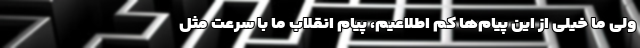
ولی ما خیلی از این پیام‌ها کم اطلاعیم، پیام انقلاب ما با سرعت مثل